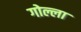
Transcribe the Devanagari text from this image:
गोल्ला